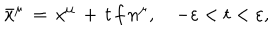
\bar { x } ^ { \mu } \, = \, x ^ { \mu } \, + \, t \, f \, n ^ { \mu } , \quad - \varepsilon < t < \varepsilon ,